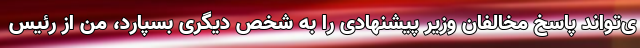
ی‌تواند پاسخ مخالفان وزیر پیشنهادی را به شخص دیگری بسپارد، من از رئیس